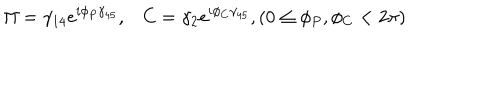
\Pi = \gamma _ { 1 4 } e ^ { i \phi _ { P } \gamma _ { 4 5 } } , C = \gamma _ { 2 } e ^ { i \phi _ { C } \gamma _ { 4 5 } } , ( 0 \leq \phi _ { P } , \phi _ { C } < 2 \pi )